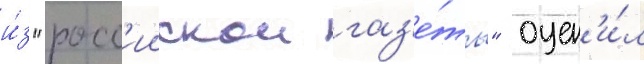
и́з "росс'иискои газ'е́ты" оцен'и́л